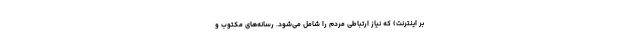
بر اینترنت) که نیاز ارتباطی مردم را شامل می‌شود. رسانه‌های مکتوب و